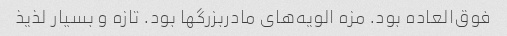
فوق‌العاده بود. مزه الویه‌های مادربزرگها بود‌. تازه و بسیار لذیذ